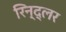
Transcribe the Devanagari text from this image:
रिन्द्लर